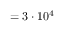
= 3 \cdot 1 0 ^ { 4 }